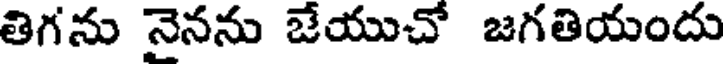
తిగను నైనను జేయుచో జగతియందు